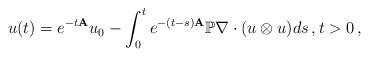
LaTeX: \begin{align*}u(t) = e^{-t{\bf A}} u_0 - \int_0^t e^{-(t-s){\bf A}} \mathbb{P} \nabla \cdot (u\otimes u ) d s \,, t>0\,,\end{align*}